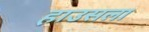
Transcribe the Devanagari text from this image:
हाउसला